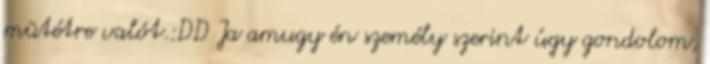
mütétre valót.:DD Ja amugy én személy szerint úgy gondolom,